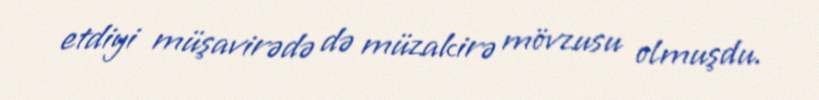
etdiyi müşavirədə də müzakirə mövzusu olmuşdu.